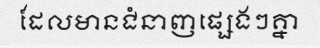
ដែលមានជំនាញផ្សេងៗគ្នា